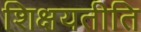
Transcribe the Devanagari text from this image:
शिक्षयतीति